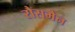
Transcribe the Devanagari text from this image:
रौसमैन